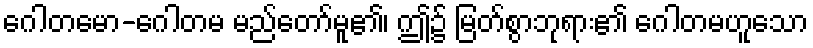
ဂေါတမော-ဂေါတမ မည်တော်မူ၏၊ ဤ၌ မြတ်စွာဘုရား၏ ဂေါတမဟူသော